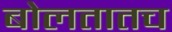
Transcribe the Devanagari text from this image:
बोलतातच